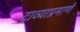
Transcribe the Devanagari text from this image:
दाव्याप्रमाणे